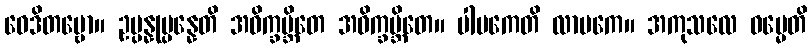
ဝေဒိတဗ္ဗော။ ဥပ္ပန္နုပ္ပန္နေတိ အဝိက္ခမ္ဘိတေ အဝိက္ခမ္ဘိတေ။ ပါပကေတိ လာမကေ။ အကုသလေ ဓမ္မေတိ